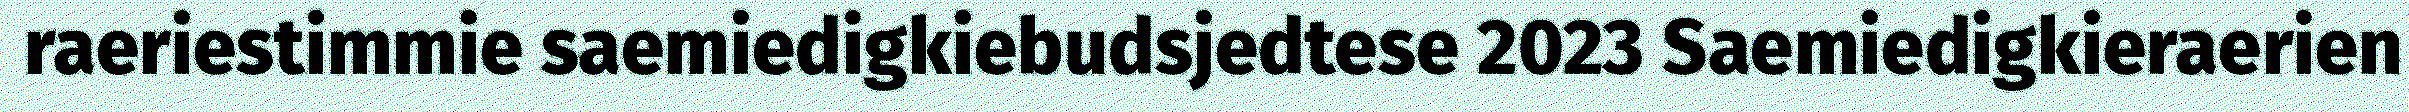
raeriestimmie saemiedigkiebudsjedtese 2023 Saemiedigkieraerien